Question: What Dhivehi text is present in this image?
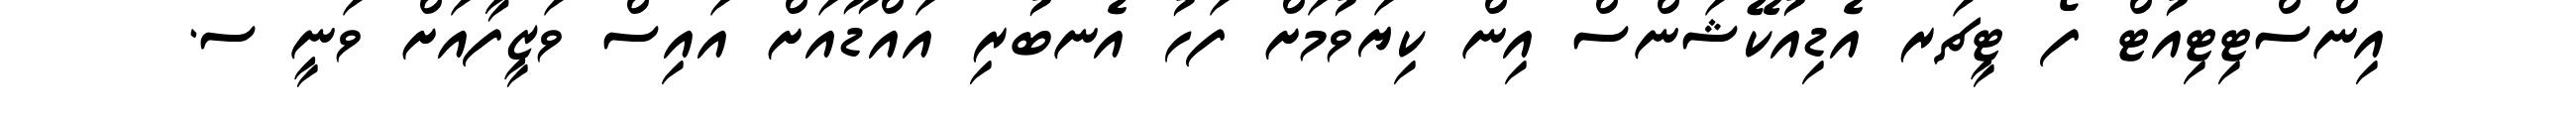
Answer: އިންސްޓިޓިއުޓް ފޯ ޓީޗަރ އެޑިއުކޭޝަންސް އިން ކިޔަވުމަށް ފަހު އެނބުރި އައްޑޫއަށް އައިސް ވަޒީފާއަށް ވަނީ ސ.